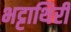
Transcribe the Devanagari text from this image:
भट्टाथिरी